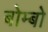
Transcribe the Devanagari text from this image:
बोम्बो